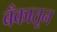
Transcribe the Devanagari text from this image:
बँकातून